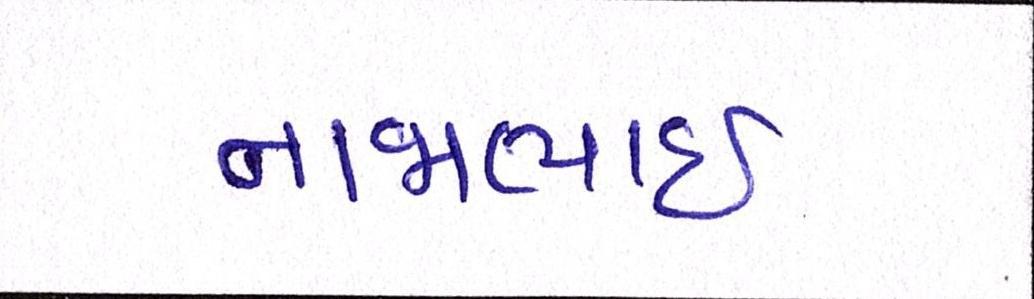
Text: નાજાભાઇ